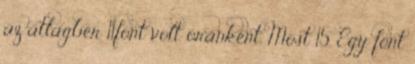
az átlagbér 11font volt óránként. Most 15. Egy font